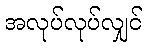
အလုပ်လုပ်လျှင်